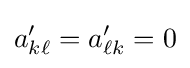
a'_{k\ell }=a'_{\ell k}=0\,\!